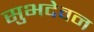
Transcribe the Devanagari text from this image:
सुभदेवन